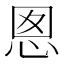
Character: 𭜪